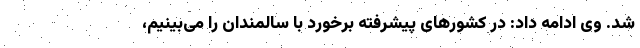
شد. وی ادامه داد: در کشور‌های پیشرفته برخورد با سالمندان را می‌بینیم،